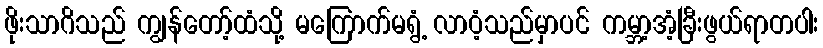
ဖိုးသာဂိသည် ကျွန်တော့်ထံသို့ မကြောက်မရွံ့ လာဝံ့သည်မှာပင် ကမ္ဘာ့အံ့ခြီးဖွယ်ရာတပါး